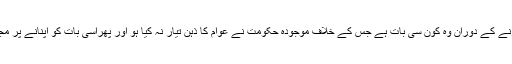
دس ماہ حکومت کرنے کے دوران وہ کون سی بات ہے جس کے خلاف موجودہ حکومت نے عوام کا ذہن تیار نہ کیا ہو اور پھراسی بات کو اپنانے پر مجبور نہیں ہو گئی ہو۔